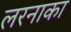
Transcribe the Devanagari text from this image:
लरनाका